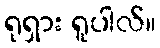
ရုရှား ရူပါလ်။